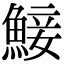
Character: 鯜